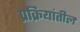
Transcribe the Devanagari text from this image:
प्रक्रियांतील